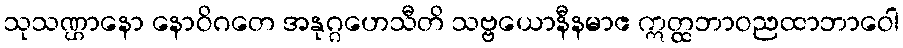
သုသဏ္ဌာနော နောဝိဂတေ အနုဂ္ဂဟေသီတိ သဗ္ဗယောနီနမာဧ ဣတ္ထဘာဝညထာဘာဝေါ